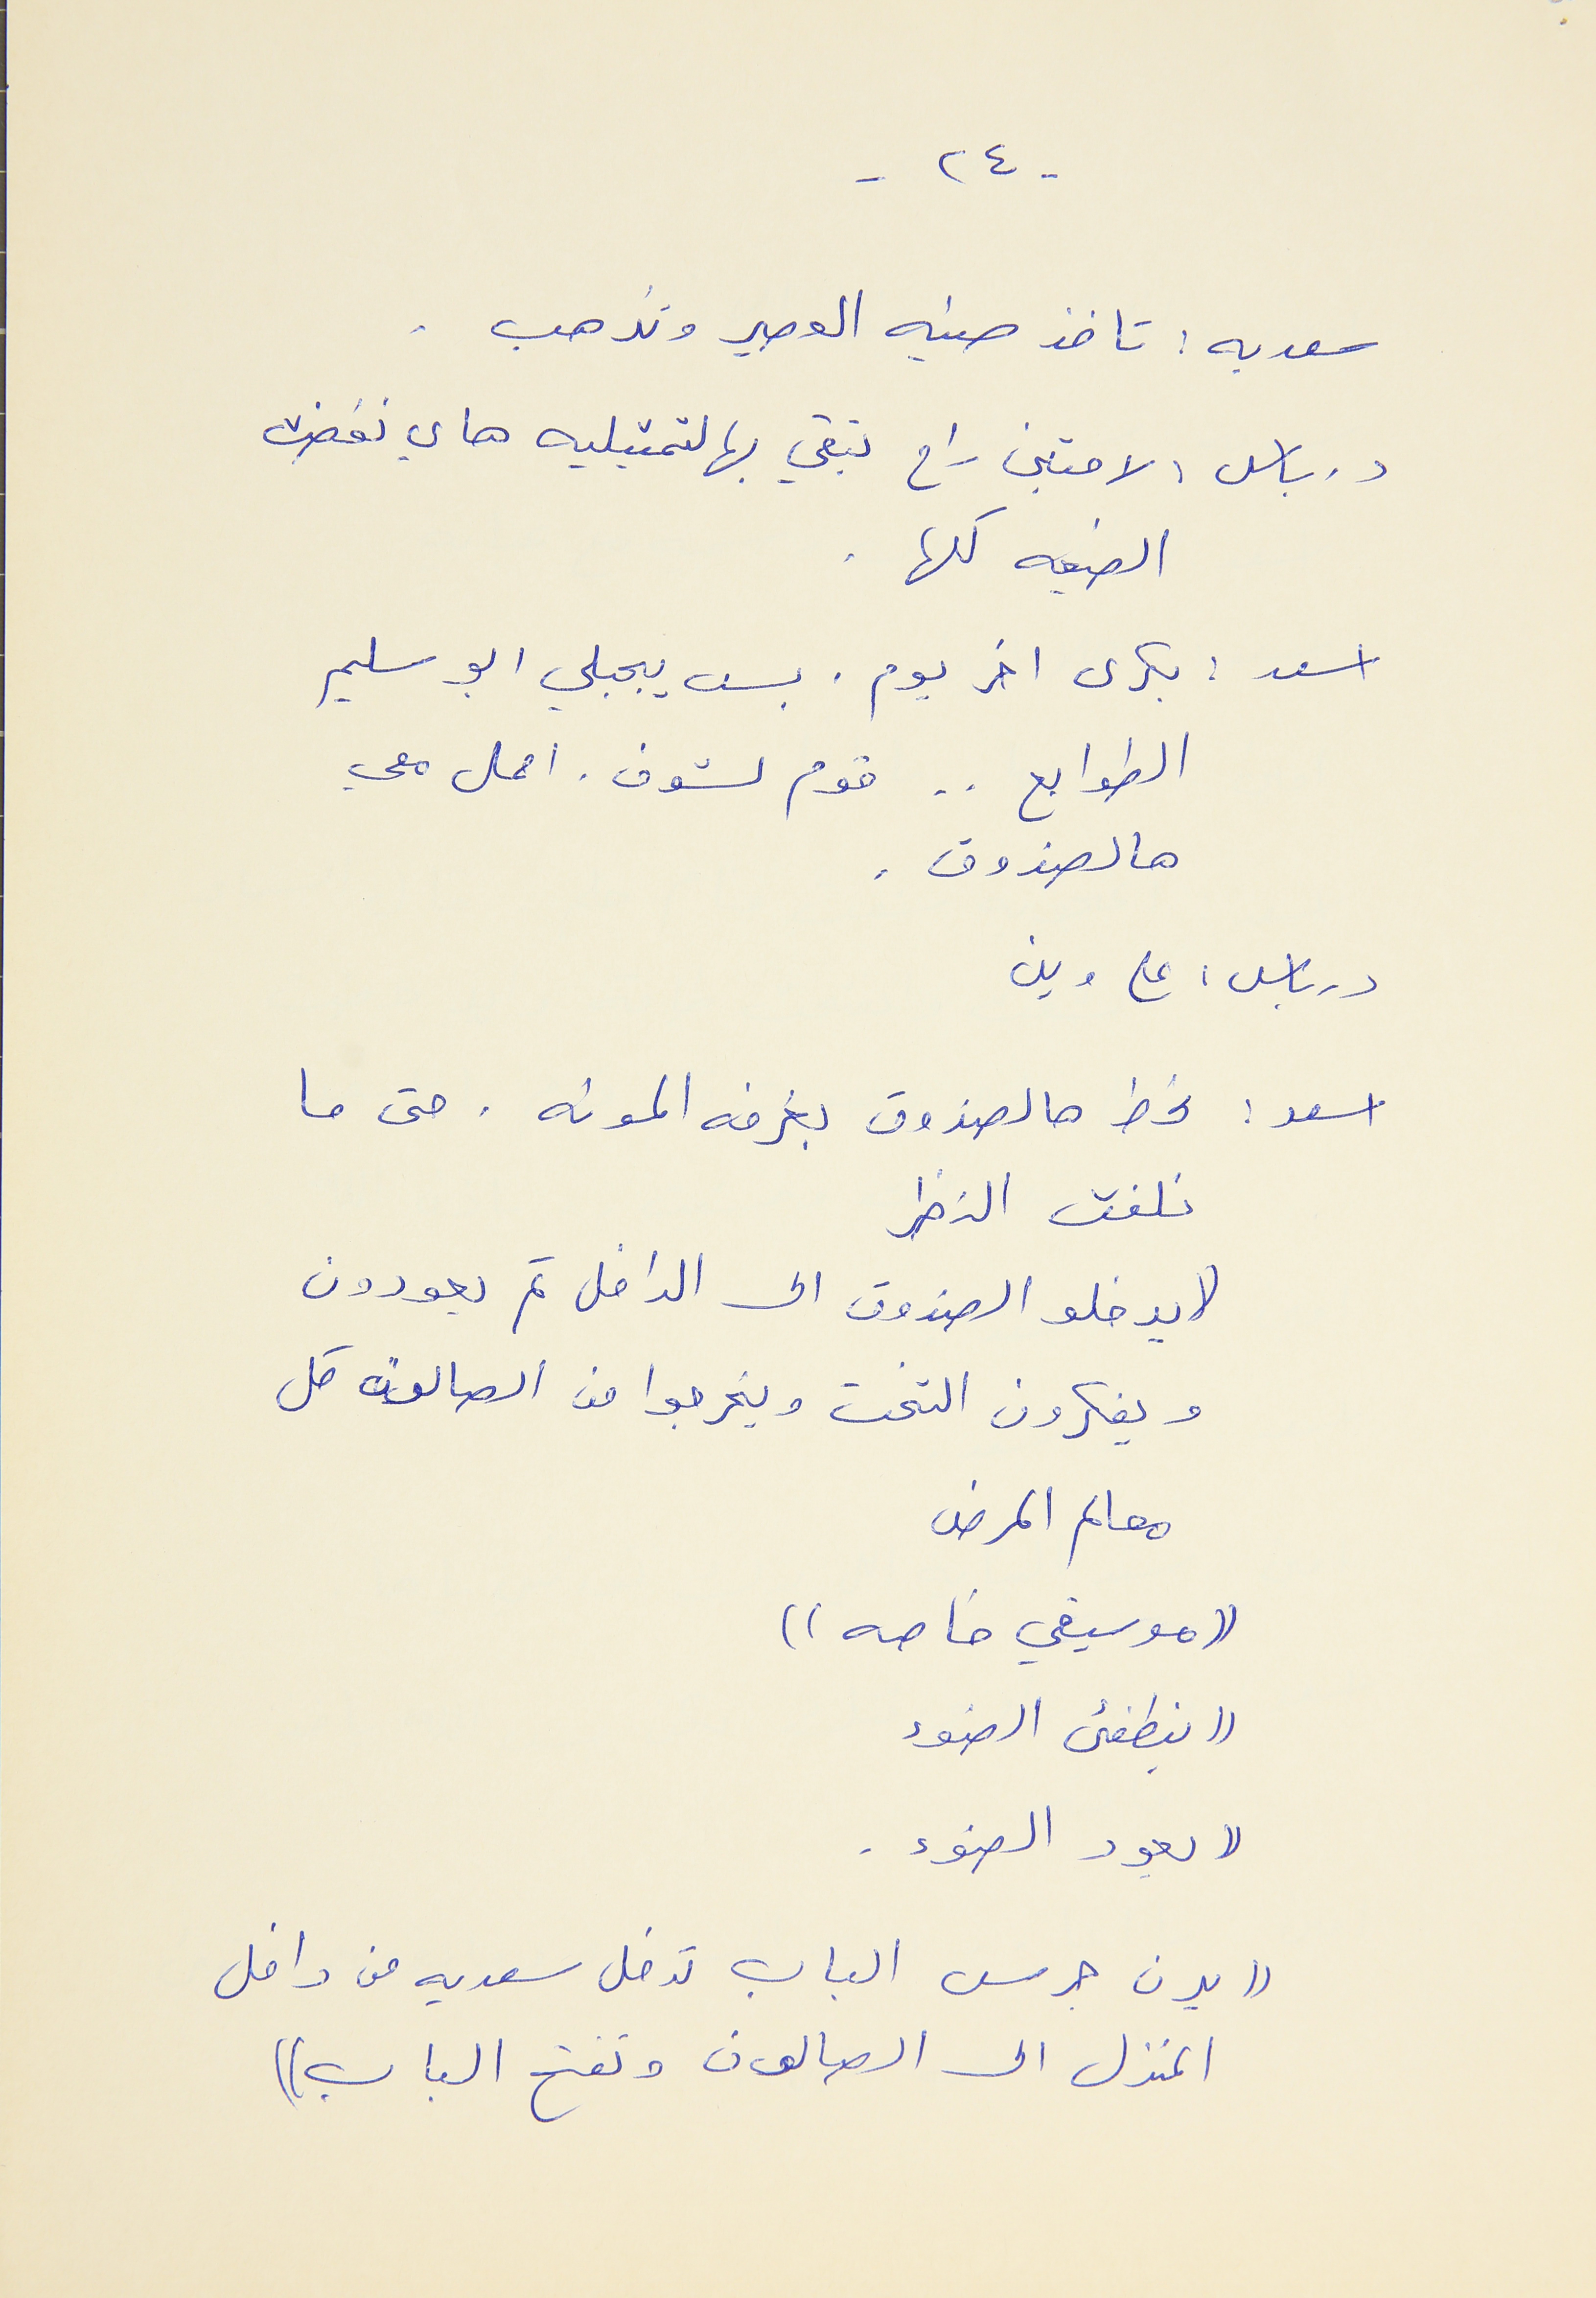
- ٢٤ -
سعديه : تاخذ صنيه العصير وتذهب .
درباس : لامتين راح تبقي بهالتمثيليه هاي نخضت
الضيعه كلها .
اسعد : بكرى اخر يوم. بس يجبلي ابو سليم
الطوابع . . قوم لشوف . احمل معي
هالصندوق .
درباس : على وين
اسعد : نحط هالصندوق بغرفه المونه . حتى ما
نلفت النظر
(( يدخلو الصندوق الى الداخل ثم يعودون
ويفكرون التخت ويخرجوا من الصالون كل
معالم المرض
((موسيقي خاصه))
((ينطفىء الضوء
(( يعود الضوء
(( يرن جرس الباب تدخل سعديه من داخل
 المنزل الى الصالون وتفتح الباب ))